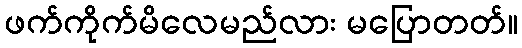
ဖက်ကိုက်မိလေမည်လား မပြောတတ်။